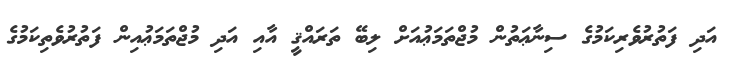
އަދި ފަތުރުވެރިކަމުގެ ސިނާޢަތުން މުޖްތަމަޢުއަށް ލިބޭ ތަރައްޤީ އާއި އަދި މުޖްތަމަޢުއިން ފަތުރުވެތިކަމުގެ